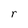
Character: r